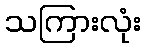
သကြားလုံး